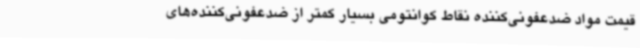
قیمت مواد ضدعفونی‌کننده نقاط کوانتومی بسیار کمتر از ضدعفونی‌کننده‌های